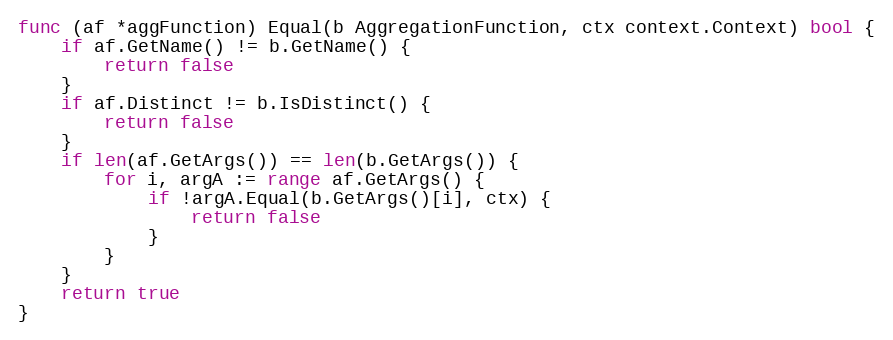
Language: Go
func (af *aggFunction) Equal(b AggregationFunction, ctx context.Context) bool {
	if af.GetName() != b.GetName() {
		return false
	}
	if af.Distinct != b.IsDistinct() {
		return false
	}
	if len(af.GetArgs()) == len(b.GetArgs()) {
		for i, argA := range af.GetArgs() {
			if !argA.Equal(b.GetArgs()[i], ctx) {
				return false
			}
		}
	}
	return true
}